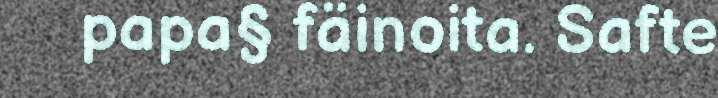
papa§ fäinoita. Safte